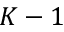
K - 1